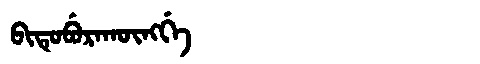
Manchu: ᠪᡳᡨᡠᠪᡠᡵᠠᡴᡡᠩᡤᡝ
Romanization: BITUBURAKŪNGGE